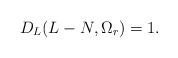
LaTeX: \begin{align*}D_{L}(L-N,\Omega_{r}) = 1.\end{align*}